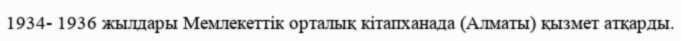
1934- 1936 жылдары Мемлекеттік орталық кітапханада (Алматы) қызмет атқарды.